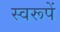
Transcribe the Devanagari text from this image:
स्वरूपें